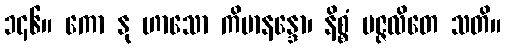
၁၄၆။ ကော နု ဟာသော ကိမာနန္ဒော၊ နိစ္စံ ပဇ္ဇလိတေ သတိ။